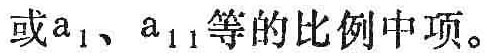
或\(a_{1}\)、\(a_{11}\)等的比例中项。